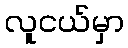
လူငယ်မှာ